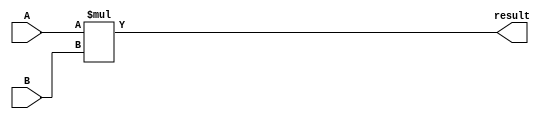
module Multiplier(
    input [31:0] A,
    input [31:0] B,
    output reg [63:0] result
);

always @(*) begin
    result = A * B;
end

endmodule